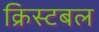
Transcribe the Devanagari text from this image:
क्रिस्टबल